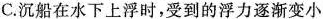
C.沉船在水下上浮时，受到的浮力逐渐变小